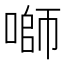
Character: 𱓻